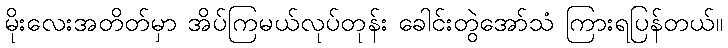
မိုးလေးအတိတ်မှာ အိပ်ကြမယ်လုပ်တုန်း ခေါင်းတွဲအော်သံ ကြားရပြန်တယ်။